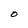
Character: O